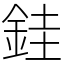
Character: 銈